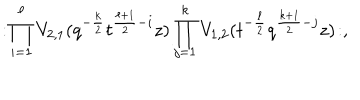
: \! \prod _ { i = 1 } ^ { \ell } V _ { 2 , 1 } ( q ^ { - \frac { k } { 2 } } t ^ { \frac { \ell + 1 } { 2 } - i } z ) \prod _ { j = 1 } ^ { k } V _ { 1 , 2 } ( t ^ { - \frac { \ell } { 2 } } q ^ { \frac { k + 1 } { 2 } - j } z ) \! : ,